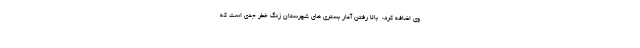
وی اضافه کرد:  بالا رفتن آمار بستری های شهرستان زنگ خطر جدی است که